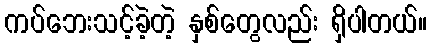
ကပ်ဘေးသင့်ခဲ့တဲ့ နှစ်တွေလည်း ရှိပါတယ်။